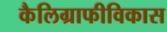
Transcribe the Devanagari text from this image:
कैलिग्राफीविकास